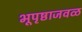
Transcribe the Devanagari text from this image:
भूपृष्ठाजवळ